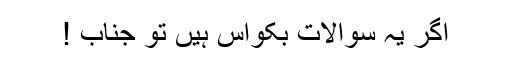
اگر یہ سوالات بکواس ہیں تو جناب !